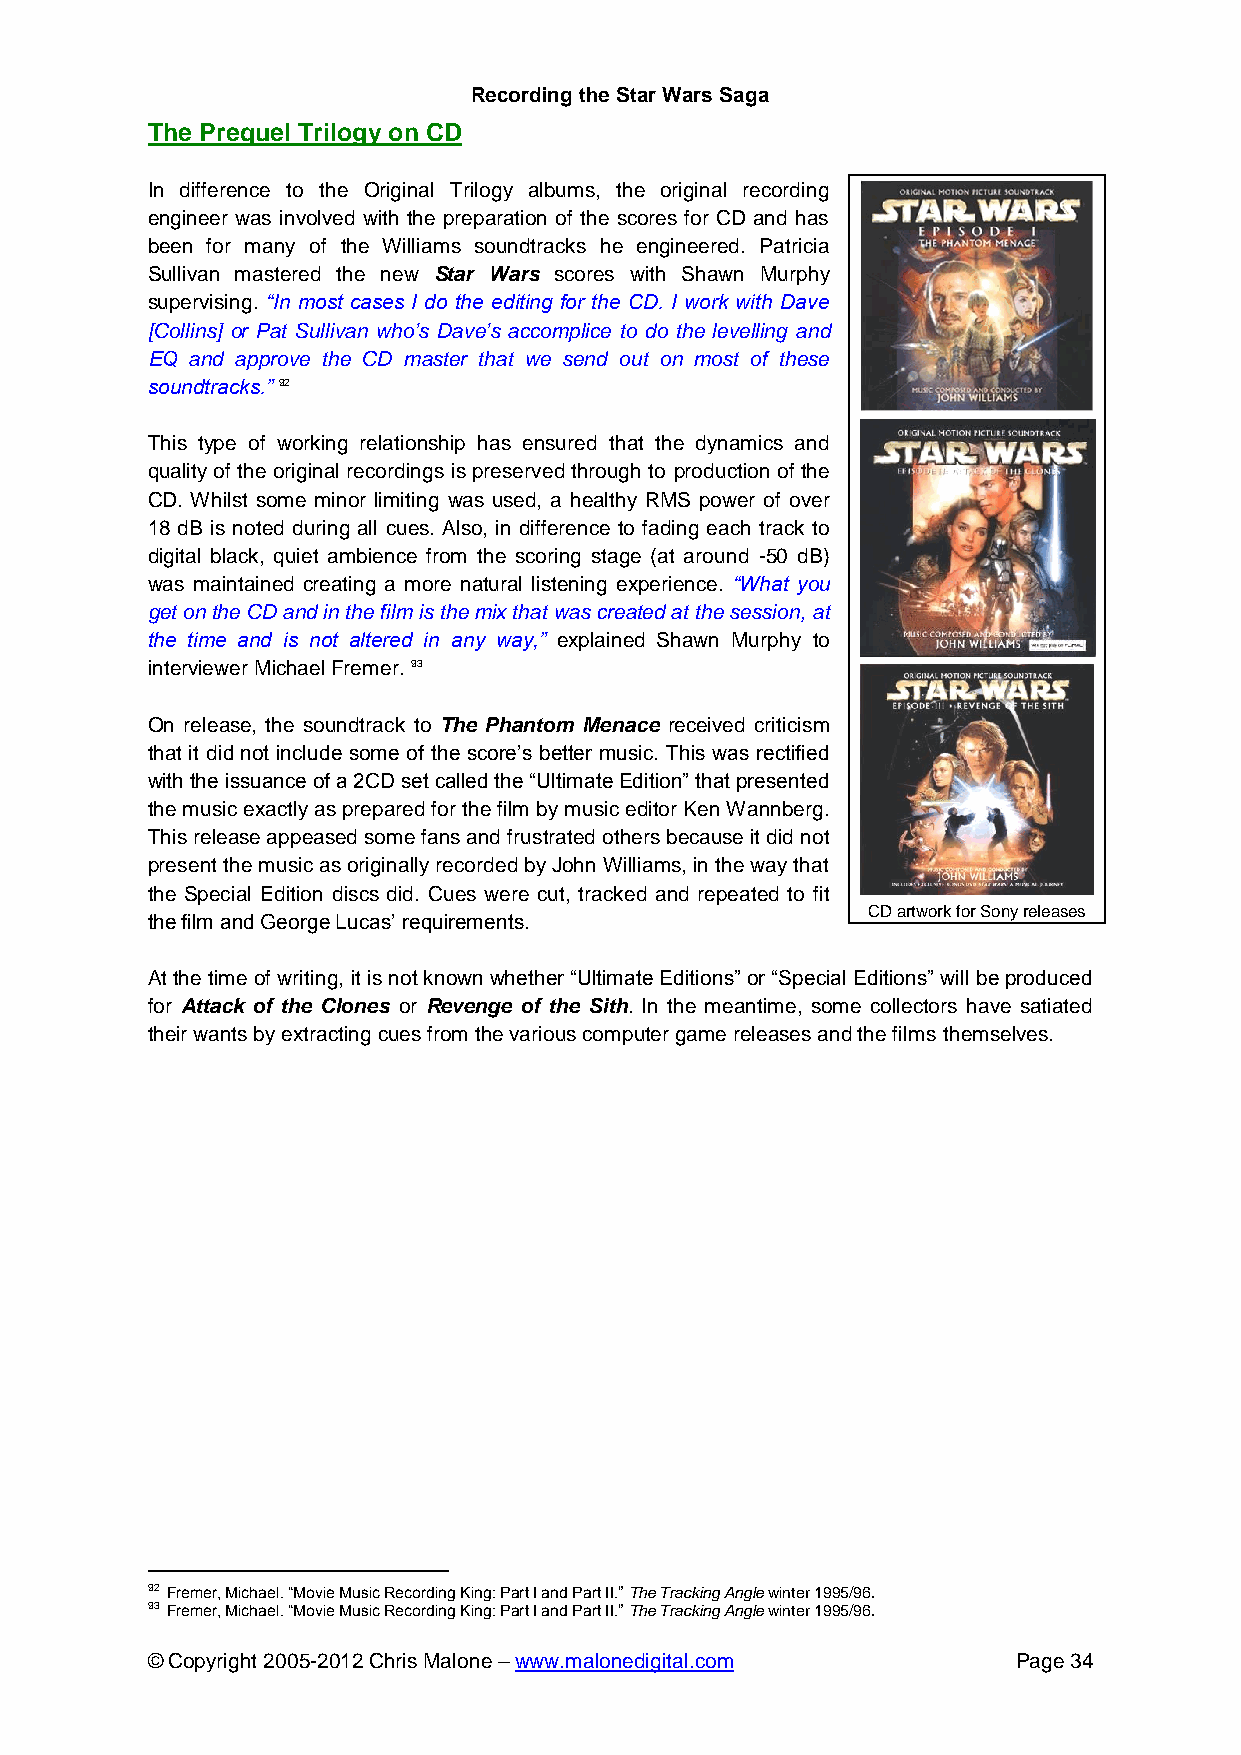
Recording the Star Wars Saga
 The Prequel Trilogy on CD
 In difference to the Original Trilogy albums, the original recording
 engineer was involved with the preparation of the scores for CD and has
 been for many of the Williams soundtracks he engineered. Patricia
 Sullivan mastered the new Star Wars scores with Shawn Murphy
 supervising. “In most cases I do the editing for the CD. I work with Dave
 [Collins] or Pat Sullivan who’s Dave’s accomplice to do the levelling and
 EQ and approve the CD master that we send out on most of these
 soundtracks.” 92
 This type of working relationship has ensured that the dynamics and
 quality of the original recordings is preserved through to production of the
 CD. Whilst some minor limiting was used, a healthy RMS power of over
 18 dB is noted during all cues. Also, in difference to fading each track to
 digital black, quiet ambience from the scoring stage (at around -50 dB)
 was maintained creating a more natural listening experience. “What you
 get on the CD and in the film is the mix that was created at the session, at
 the time and is not altered in any way,” explained Shawn Murphy to
 interviewer Michael Fremer. 93
 On release, the soundtrack to The Phantom Menace received criticism
 that it did not include some of the score’s better music. This was rectified
 with the issuance of a 2CD set called the “Ultimate Edition” that presented
 the music exactly as prepared for the film by music editor Ken Wannberg.
 This release appeased some fans and frustrated others because it did not
 present the music as originally recorded by John Williams, in the way that
 the Special Edition discs did. Cues were cut, tracked and repeated to fit
 CD artwork for Sony releases
 the film and George Lucas’ requirements.
 At the time of writing, it is not known whether “Ultimate Editions” or “Special Editions” will be produced
 for Attack of the Clones or Revenge of the Sith. In the meantime, some collectors have satiated
 their wants by extracting cues from the various computer game releases and the films themselves.
 92 Fremer, Michael. “Movie Music Recording King: Part I and Part II.” The Tracking Angle winter 1995/96.
 93 Fremer, Michael. “Movie Music Recording King: Part I and Part II.” The Tracking Angle winter 1995/96.
 © Copyright 2005-2012 Chris Malone – www.malonedigital.com Page 34